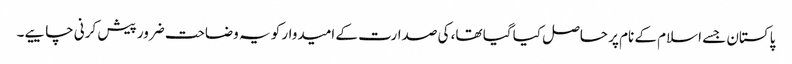
پاکستان جسے اسلام کے نام پر حاصل کیا گیا تھا، کی صدارت کے امیدوار کو یہ وضاحت ضرور پیش کرنی چاییے۔